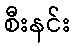
စီးနင်း